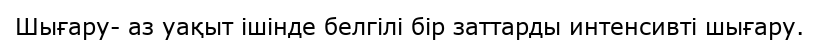
Шығару- аз уақыт ішінде белгілі бір заттарды интенсивті шығару.